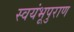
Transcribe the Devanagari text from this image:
स्वयंभूपुराण